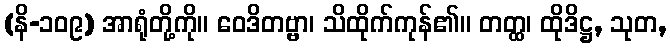
(နိ-၁၀၉) အာရုံတို့ကို။ ဝေဒိတဗ္ဗာ၊ သိထိုက်ကုန်၏။ တတ္ထ၊ ထိုဒိဋ္ဌ, သုတ,